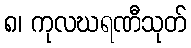
၈၊ ကုလဃရဏီသုတ်